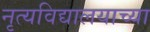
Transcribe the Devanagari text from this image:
नृत्यविद्यालयाच्या